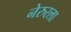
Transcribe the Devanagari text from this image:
नेरुरला